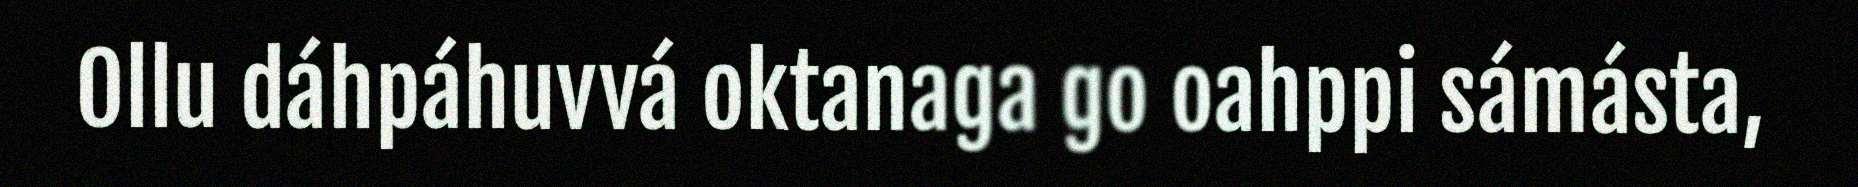
Ollu dáhpáhuvvá oktanaga go oahppi sámásta,